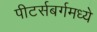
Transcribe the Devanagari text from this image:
पीटर्सबर्गमध्ये